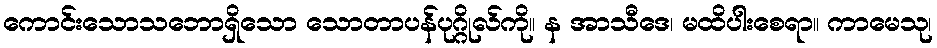
ကောင်းသောသဘောရှိသော သောတာပန်ပုဂ္ဂိုလ်ကို။ န အာသီဒေ၊ မထိပါးစေရာ။ ကာမေသု၊